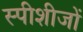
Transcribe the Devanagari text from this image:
स्पीशीजों